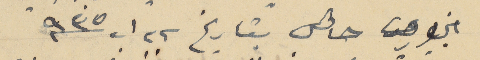
ابن حاقل بتاريخ ٢٢ اب سنة ٩٣٥